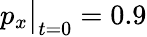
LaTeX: p_{x}\big|_{t=0}=0.9